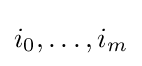
i_{0},\dots ,i_{m}